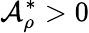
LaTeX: \mathcal{A}_{\rho}^{\ast}>0